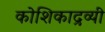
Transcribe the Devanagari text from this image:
कोशिकाद्रव्यी